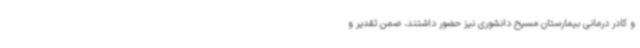
و کادر درمانی بیمارستان مسیح دانشوری نیز حضور داشتند، ضمن تقدیر و